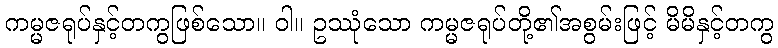
ကမ္မဇရုပ်နှင့်တကွဖြစ်သော။ ဝါ။ ဥဿုံသော ကမ္မဇရုပ်တို့၏အစွမ်းဖြင့် မိမိနှင့်တကွ